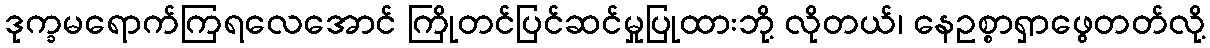
ဒုက္ခမရောက်ကြရလေအောင် ကြိုတင်ပြင်ဆင်မှုပြုထားဘို့ လိုတယ်၊ နေဥစ္စာရှာဖွေတတ်လို့